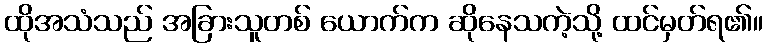
ထိုအသံသည် အခြားသူတစ် ယောက်က ဆိုနေသကဲ့သို့ ထင်မှတ်ရ၏။